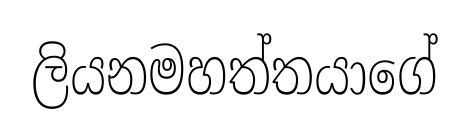
ලියනමහත්තයාගේ